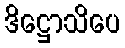
ဒိဋ္ဌောသိပေ